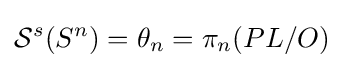
{\mathcal {S}}^{s}(S^{n})=\theta _{n}=\pi _{n}(PL/O)